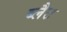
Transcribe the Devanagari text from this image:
ब्लैट